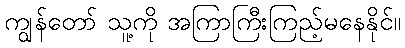
ကျွန်တော် သူ့ကို အကြာကြီးကြည့်မနေနိုင်။